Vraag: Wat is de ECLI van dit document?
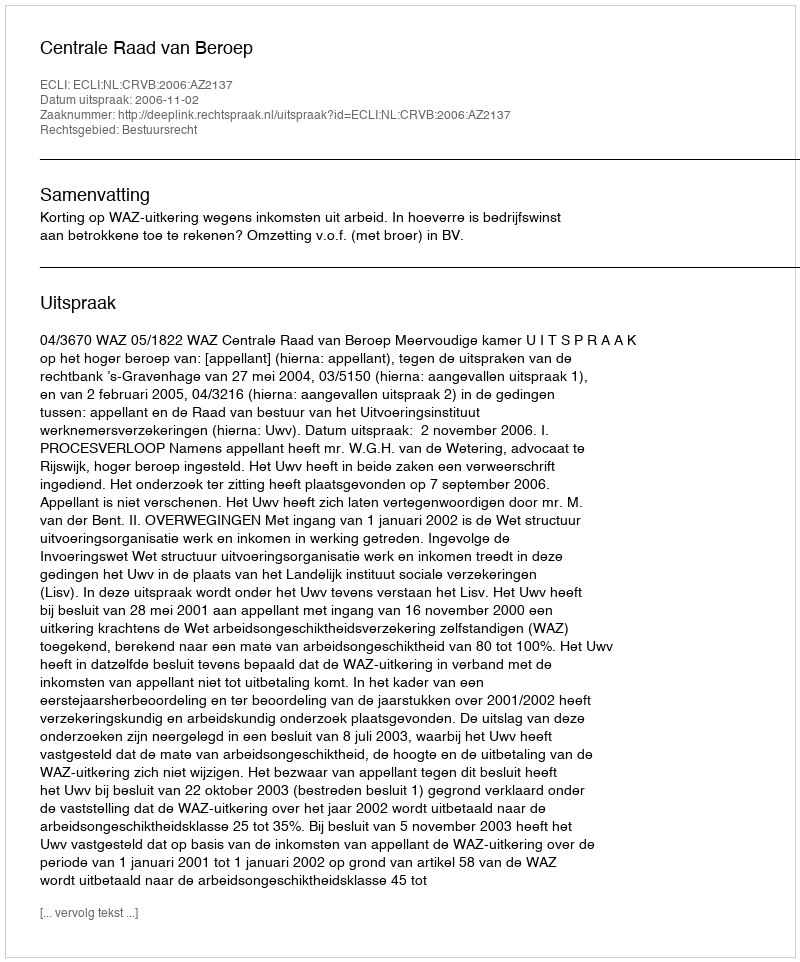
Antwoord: ECLI:NL:CRVB:2006:AZ2137